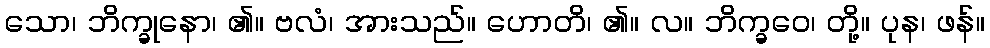
သော၊ ဘိက္ခုနော၊ ၏။ ဗလံ၊ အားသည်။ ဟောတိ၊ ၏။ လ။ ဘိက္ခဝေ၊ တို့။ ပုန၊ ဖန်။